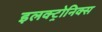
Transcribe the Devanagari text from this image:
इलक्ट्रोनिक्स